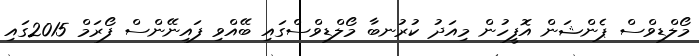
މޯލްޑިވްސް ޕެންޝަން އޮފީހުން މިއަދު ކުުރުނބާ މޯލްޑިވްސްގައި ބޭއްވި ފައިނޭންސް ފޯރަމް 2015ގައި